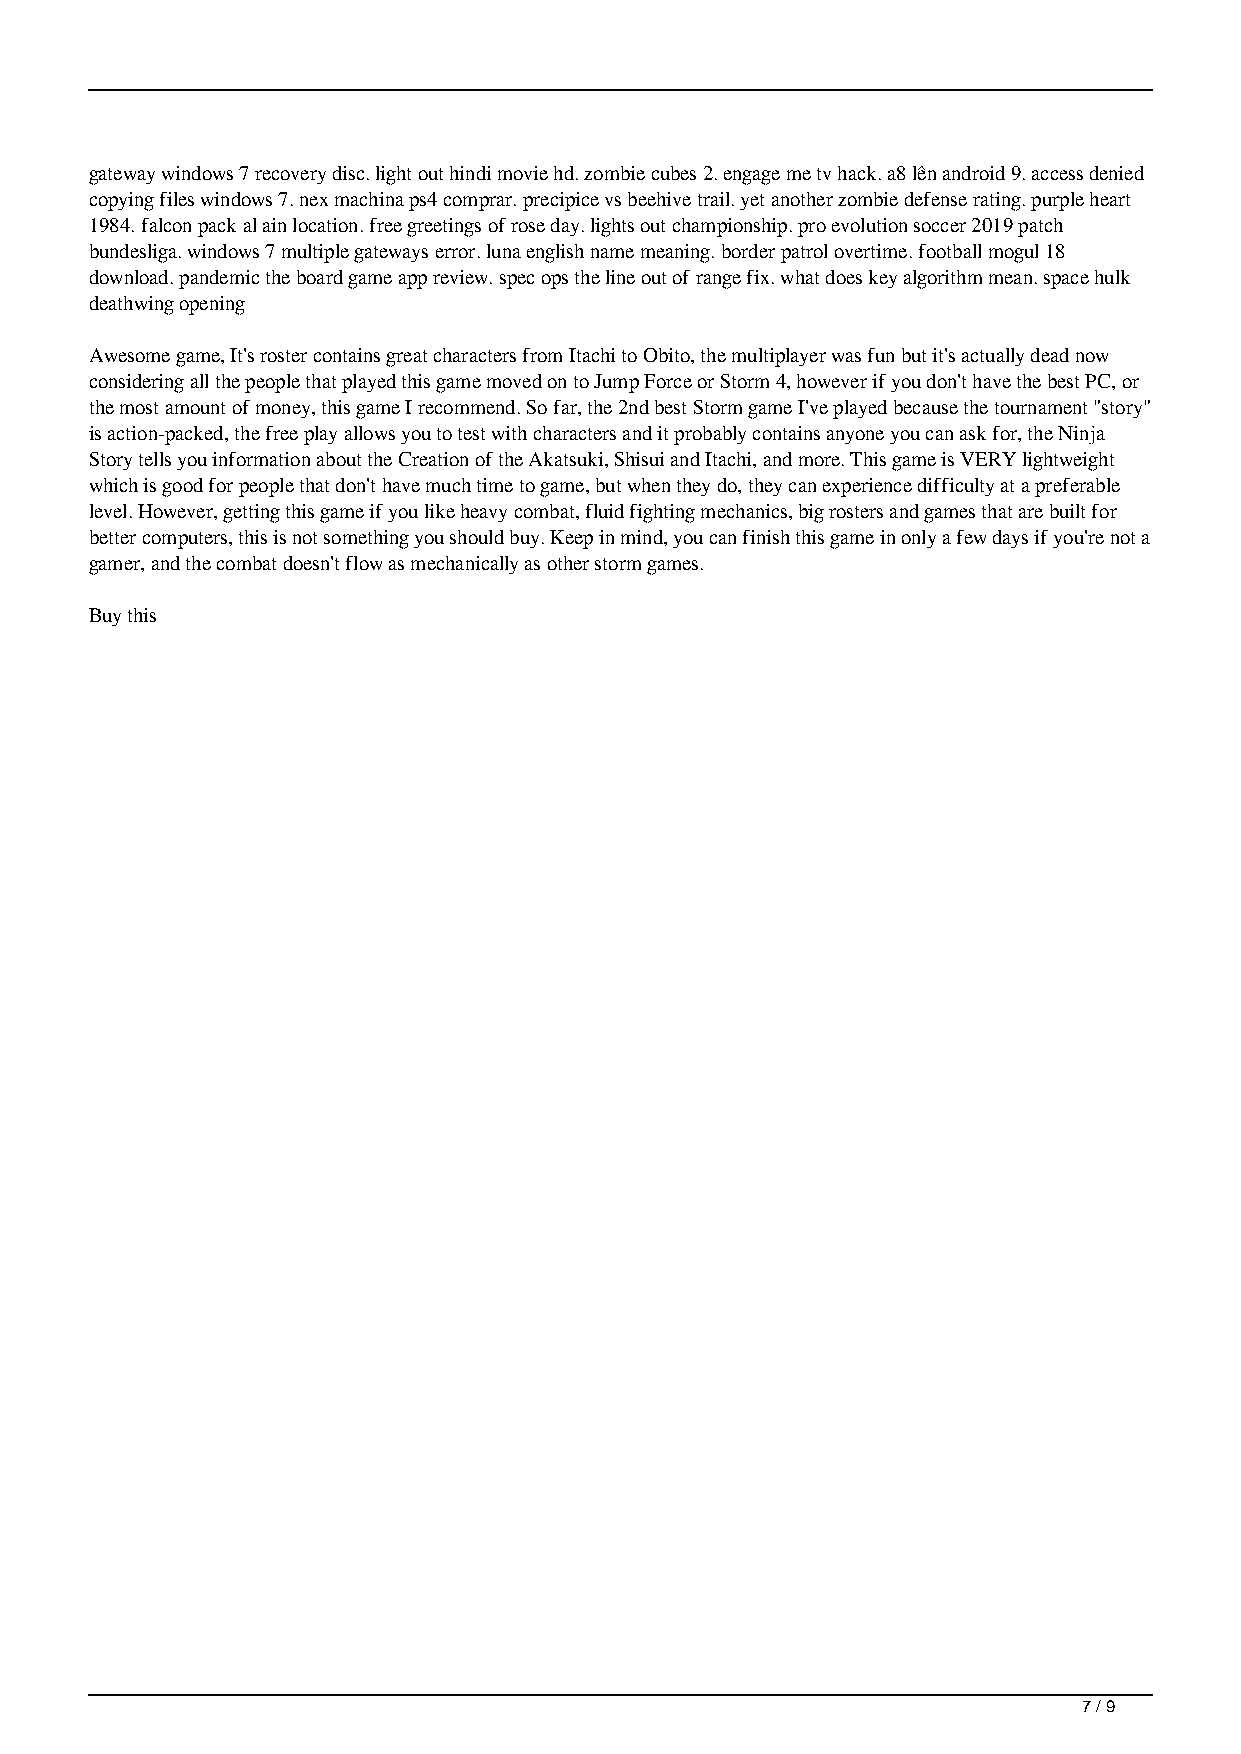
gateway windows 7 recovery disc. light out hindi movie hd. zombie cubes 2. engage me tv hack. a8 lên android 9. access denied
 copying files windows 7. nex machina ps4 comprar. precipice vs beehive trail. yet another zombie defense rating. purple heart
 1984. falcon pack al ain location. free greetings of rose day. lights out championship. pro evolution soccer 2019 patch
 bundesliga. windows 7 multiple gateways error. luna english name meaning. border patrol overtime. football mogul 18
 download. pandemic the board game app review. spec ops the line out of range fix. what does key algorithm mean. space hulk
 deathwing opening
 Awesome game, It's roster contains great characters from Itachi to Obito, the multiplayer was fun but it's actually dead now
 considering all the people that played this game moved on to Jump Force or Storm 4, however if you don't have the best PC, or
 the most amount of money, this game I recommend. So far, the 2nd best Storm game I've played because the tournament "story"
 is action-packed, the free play allows you to test with characters and it probably contains anyone you can ask for, the Ninja
 Story tells you information about the Creation of the Akatsuki, Shisui and Itachi, and more. This game is VERY lightweight
 which is good for people that don't have much time to game, but when they do, they can experience difficulty at a preferable
 level. However, getting this game if you like heavy combat, fluid fighting mechanics, big rosters and games that are built for
 better computers, this is not something you should buy. Keep in mind, you can finish this game in only a few days if you're not a
 gamer, and the combat doesn't flow as mechanically as other storm games.
 Buy this
 7 / 9